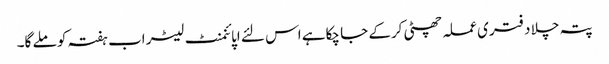
پتہ چلا دفتری عملہ چھٹی کرکے جا چکاہے اس لئے اپائنمنٹ لیٹر اب ہفتہ کو ملے گا۔